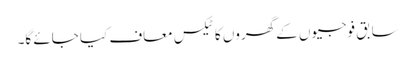
سابق فوجیوں کے گھروں کا ٹیکس معاف کیا جائے گا۔